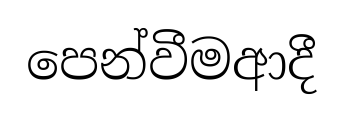
පෙන්වීමආදී